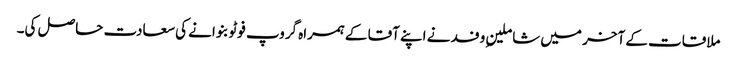
ملاقات کے آخر میں شاملینِ وفد نے اپنے آقا کے ہمراہ گروپ فوٹو بنوانے کی سعادت حاصل کی۔